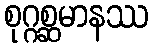
စုဂ္ဂစ္ဆမာနဿ